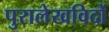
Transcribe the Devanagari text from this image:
पुरालेखविदों